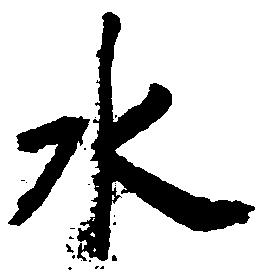
水